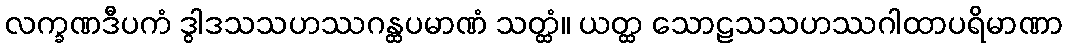
လက္ခဏဒီပကံ ဒွါဒသသဟဿဂန္ထပမာဏံ သတ္ထံ။ ယတ္ထ သောဠသသဟဿဂါထာပရိမာဏာ